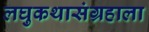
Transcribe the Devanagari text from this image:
लघुकथासंग्रहाला